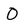
Character: O